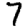
Digit: 7